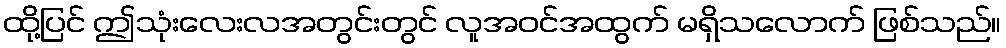
ထို့ပြင် ဤသုံးလေးလအတွင်းတွင် လူအဝင်အထွက် မရှိသလောက် ဖြစ်သည်။